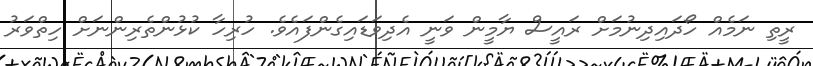
ރީތި ނަމެއް ހޯދައިދިނުމަށް ރައީސް ޔާމީން ވަނީ އެދިވަޑައިގެންފައެވެ. ހުރިހާ ކުޅުންތެރިންނަށް ހިތްވަރު